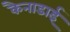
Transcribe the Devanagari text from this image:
कैनाडाई